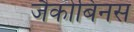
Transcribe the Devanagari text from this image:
जैकोबिनस